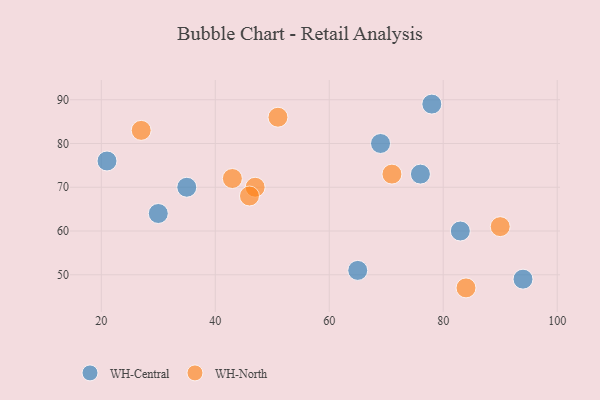
{"axis": {"x": "GDP", "y": "Life Expectancy"}, "legend": ["WH-Central", "WH-North"], "data": [{"x": "30", "y": 64, "type": "WH-Central"}, {"x": "21", "y": 76, "type": "WH-Central"}, {"x": "83", "y": 60, "type": "WH-Central"}, {"x": "65", "y": 51, "type": "WH-Central"}, {"x": "78", "y": 89, "type": "WH-Central"}, {"x": "35", "y": 70, "type": "WH-Central"}, {"x": "76", "y": 73, "type": "WH-Central"}, {"x": "94", "y": 49, "type": "WH-Central"}, {"x": "69", "y": 80, "type": "WH-Central"}, {"x": "47", "y": 70, "type": "WH-North"}, {"x": "46", "y": 68, "type": "WH-North"}, {"x": "43", "y": 72, "type": "WH-North"}, {"x": "71", "y": 73, "type": "WH-North"}, {"x": "84", "y": 47, "type": "WH-North"}, {"x": "27", "y": 83, "type": "WH-North"}, {"x": "51", "y": 86, "type": "WH-North"}, {"x": "90", "y": 61, "type": "WH-North"}]}